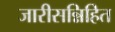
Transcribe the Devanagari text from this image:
जारीसन्निहित